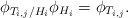
\begin{align*}\phi_{T_{i,j}/H_i} \phi_{H_i} = \phi_{T_{i,j}}.\end{align*}